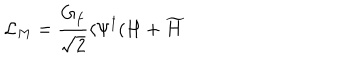
{ \cal L } _ { M } = \frac { G _ { f } } { \sqrt { 2 } } \langle \Psi ^ { \dagger } ( H + \widetilde { H }